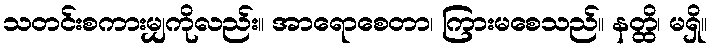
သတင်းစကားမျှကိုလည်း။ အာရောစေတာ၊ ကြားမစေသည်။ နတ္ထိ၊ မရှိ။